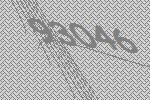
93046